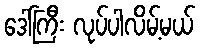
ဒေါ်ကြီး လုပ်ပါလိမ့်မယ်